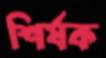
শির্ষক